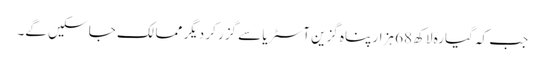
جب کہ گیارہ لاکھ 68 ہزار پناہ گزین آسٹریا سے گزر کر دیگر ممالک جا سکیں گے۔